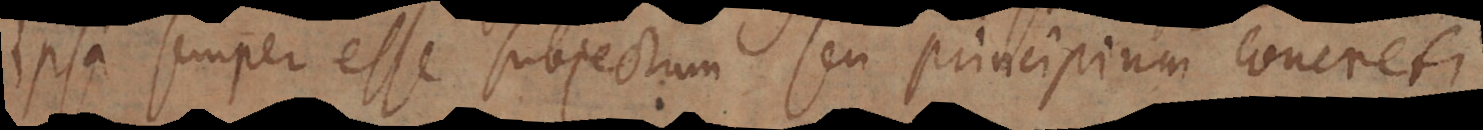
ipsa semper esse subjectum seu principium concreti